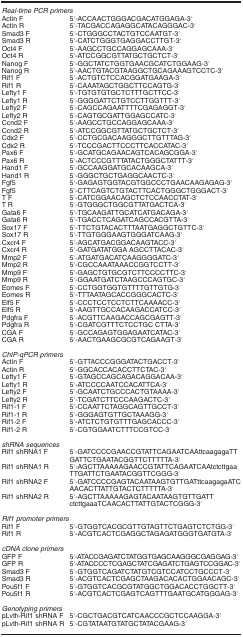
<table><thead><tr><td colspan="2"><b><i>Real-time PCR primers</i></b></td></tr></thead><tbody><tr><td>Actin F</td><td>5′-ACCAACTGGGACGACATGGAGA-3′</td></tr><tr><td>Actin R</td><td>5′-TACGACCAGAGGCATACAGGGAC-3′</td></tr><tr><td>Smad3 F</td><td>5′-CTGGGCCTACTGTCCAATGT-3′</td></tr><tr><td>Smad3 R</td><td>5′-CATCTGGGTGAGGACCTTGT-3′</td></tr><tr><td>Oct4 F</td><td>5′-AAGCCTGCCAGGAGCAAA-3′</td></tr><tr><td>Oct4 R</td><td>5′-ATCCGGCGTTATGCTGCTCT-3′</td></tr><tr><td>Nanog F</td><td>5′-GGCTATCTGGTGAACGCATCTGGAAG-3′</td></tr><tr><td>Nanog R</td><td>5′-AACTGTACGTAAGGCTGCAGAAAGTCCTC-3′</td></tr><tr><td>Rif1 F</td><td>5′-ACTGTCTCCACGGATGAAGA-3′</td></tr><tr><td>Rif1 R</td><td>5′-CAAATAGCTGGCTTCCAGTG-3′</td></tr><tr><td>Lefty1 F</td><td>5′-TGTGTGTGCTCTTTGCTTCC-3′</td></tr><tr><td>Lefty1 R</td><td>5′-GGGGATTCTGTCCTTGGTTT-3′</td></tr><tr><td>Lefty2 F</td><td>5′-CAGCCAGAATTTTCGAGAGGT-3′</td></tr><tr><td>Lefty2 R</td><td>5′-CAGTGCGATTGGAGCCATC-3′</td></tr><tr><td>Ccnd2 F</td><td>5′-AAGCCTGCCAGGAGCAAA-3′</td></tr><tr><td>Ccnd2 R</td><td>5′-ATCCGGCGTTATGCTGCTCT-3′</td></tr><tr><td>Cdx2 F</td><td>5′-CCTGCGACAAGGGCTTGTTTAG-3′</td></tr><tr><td>Cdx2 R</td><td>5′-TCCCGACTTCCCTTCACCATAC-3′</td></tr><tr><td>Pax6 F</td><td>5′-GCATGCAGAACAGTCACAGCGGA-3′</td></tr><tr><td>Pax6 R</td><td>5′-ACTCCCGTTTATACTGGGCTATTT-3′</td></tr><tr><td>Hand1 F</td><td>5′-GCCAAGGATGCACAAGCA-3′</td></tr><tr><td>Hand1 R</td><td>5′-GGGCTGCTGAGGCAACTC-3′</td></tr><tr><td>Fgf5</td><td>5′-GAGAGTGGTACGTGGCCCTGAACAAGAGAG-3′</td></tr><tr><td>Fgf5</td><td>5′-CTTCAGTCTGTACTTCACTGGGCTGGGACT-3′</td></tr><tr><td>T F</td><td>5′-CATCGGAACAGCTCTCCAACCTAT-3′</td></tr><tr><td>T R</td><td>5′-GTGGGCTGGCGTTATGACTCA-3′</td></tr><tr><td>Gata6 F</td><td>5′-TGCAAGATTGCATCATGACAGA-3′</td></tr><tr><td>Gata6 R</td><td>5′-TGACCTCAGATCAGCCACGTTA-3′</td></tr><tr><td>Sox17 F</td><td>5′-TTCTGTACACTTTAATGAGGCTGTTC-3′</td></tr><tr><td>Sox17 R</td><td>5′-TTGTGGGAAGTGGGATCAAG-3′</td></tr><tr><td>Cxcr4 F</td><td>5′-AGCATGACGGACAAGTACC-3′</td></tr><tr><td>Cxcr4 R</td><td>5′-GATGATATGGA AGCCTTACAC-3′</td></tr><tr><td>Mmp2 F</td><td>5′-ATGATGACATCAAGGGGATC-3′</td></tr><tr><td>Mmp2 R</td><td>5′-CGCCAAATAAACCGGTCCTT-3′</td></tr><tr><td>Mmp9 F</td><td>5′-GAGCTGTGCGTCTTCCCCTTC-3′</td></tr><tr><td>Mmp9 R</td><td>5′-GGAATGATCTAAGCCCAGTGC-3′</td></tr><tr><td>Eomes F</td><td>5′-CCTGGTGGTGTTTTGTTGTG-3′</td></tr><tr><td>Eomes R</td><td>5′-TTTAATAGCACCGGGCACTC-3′</td></tr><tr><td>Elf5 F</td><td>5′-CCCTCCTCCTCTTCAAAACC-3′</td></tr><tr><td>Elf5 R</td><td>5′-AAGTTGCCACAAGACCATCC-3′</td></tr><tr><td>Pdgfra F</td><td>5′-ACGTTCAAGACCAGCGAGTT-3′</td></tr><tr><td>Pdgfra R</td><td>5′-CGATCGTTTCTCCTGC CTTA-3′</td></tr><tr><td>CGA F</td><td>5′-GCCAGAGTGGAGAATCATAC-3′</td></tr><tr><td>CGA R</td><td>5′-AACTGAAGCGCGTCAGAAGT-3′</td></tr><tr><td> </td><td> </td></tr><tr><td colspan="2"><i>ChIP-qPCR primers</i></td></tr><tr><td>Actin F</td><td>5′-GTTACCCGGGATACTGACCT-3′</td></tr><tr><td>Actin R</td><td>5′-GGCACCACACCTTCTAC-3′</td></tr><tr><td>Lefty1 F</td><td>5′-GTAGCCAGCAGACAGGACAA-3′</td></tr><tr><td>Lefty1 R</td><td>5′-ATCCCCAATCCACATTCA-3′</td></tr><tr><td>Lefty2 F</td><td>5′-GCAATCTGCCCACTGTAAAA-3′</td></tr><tr><td>Lefty2 R</td><td>5′-TCGATCTTCCCAAGACTC-3′</td></tr><tr><td>Rif1-1 F</td><td>5′-CCAATTCTAGGCAGTTGCCT-3′</td></tr><tr><td>Rif1-1 R</td><td>5′-GGGAGTGTTGCTAAAGG-3′</td></tr><tr><td>Rif1-2 F</td><td>5′-ATCTCTGTGTTTGAGCACCC-3′</td></tr><tr><td>Rif1-2 R</td><td>5′-CGTGGAATCTTTCCGTCC-3′</td></tr><tr><td> </td><td> </td></tr><tr><td colspan="2"><i>shRNA sequences</i></td></tr><tr><td>Rif1 shRNA1 F</td><td>5′-GATCCCCGAACCGTATTCAGAATCAAttcaagagaTTGATTCTGAATACGGTTCTTTTTA-3′</td></tr><tr><td>Rif1 shRNA1 R</td><td>5′-AGCTTAAAAAGAACCGTATTCAGAATCAAtctcttgaaTTGATTCTGAATACGGTTCGGG-3′</td></tr><tr><td>Rif1 shRNA2 F</td><td>5′-GATCCCCGAGTACAATAAGTGTTGATttcaagagaATCAACACTTATTGTACTCTTTTTA-3′</td></tr><tr><td>Rif1 shRNA2 R</td><td>5′-AGCTTAAAAAGAGTACAATAAGTGTTGATTctcttgaaaTCAACACTTATTGTACTCGGG-3′</td></tr><tr><td> </td><td> </td></tr><tr><td colspan="2"><i>Rif1 promoter primers</i></td></tr><tr><td>Rif1 F</td><td>5′-GTGGTCACGCGTTGTAGTTCTGAGTCTCTGG-3′</td></tr><tr><td>Rif1 R</td><td>5′-ACGTCACTCGAGGCTAGAGATGGGTGATGTA-3′</td></tr><tr><td> </td><td> </td></tr><tr><td colspan="2"><i>cDNA clone primers</i></td></tr><tr><td>GFP F</td><td>5′-ATACCGAGATCTATGGTGAGCAAGGGCGAGGAG-3′</td></tr><tr><td>GFP R</td><td>5′-ATACCCCTCGAGCTATCGAGATCTGAGTCCGGAC-3′</td></tr><tr><td>Smad3 F</td><td>5′-GTGGTCAGATCTATGTCGTCCATCCTGCCCT-3′</td></tr><tr><td>Smad3 R</td><td>5′-ACGTCACTCGAGCTAAGACACACTGGAACAGC-3′</td></tr><tr><td>Pou5f1 F</td><td>5′-GTGGTCACGCGTATGGCTGGACACCTGGCTT-3′</td></tr><tr><td>Pou5f1 R</td><td>5′-ACGTCACTCGAGTCAGTTTGAATGCATGGGAG-3′</td></tr><tr><td> </td><td> </td></tr><tr><td colspan="2"><i>Genotyping primers</i></td></tr><tr><td>pLvth-Rif1 shRNA F</td><td>5′-CGCTGACGTCATCAACCCGCTCCAAGGA-3′</td></tr><tr><td>pLvth-Rif1 shRNA R</td><td>5′-CGTATAATGTATGCTATACGAAG-3′</td></tr></tbody></table>